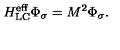
H _ { \mathrm { L C } } ^ { \mathrm { e f f } } \Phi _ { \sigma } = M ^ { 2 } \Phi _ { \sigma } .